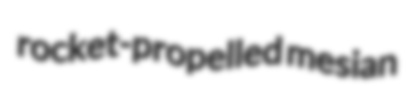
rocket-propelled mesian